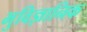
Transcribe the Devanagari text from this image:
भुविज्ञानिक